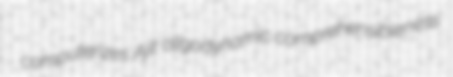
computerizes Ajit oligodynamic comprehensibleness